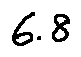
6 . 8